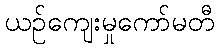
ယဉ်ကျေးမှုကော်မတီ